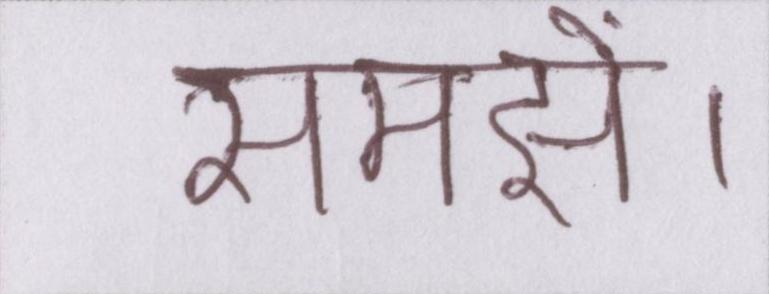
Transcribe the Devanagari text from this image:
समझें।